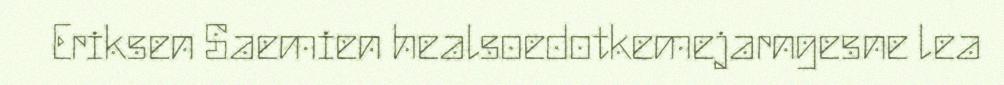
Eriksen Saemien healsoedotkemejarngesne lea